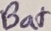
Text: Bat